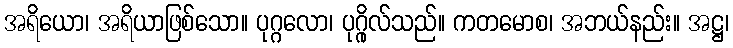
အရိယော၊ အရိယာဖြစ်သော။ ပုဂ္ဂလော၊ ပုဂ္ဂိုလ်သည်။ ကတမောစ၊ အဘယ်နည်း။ အဋ္ဌ၊